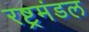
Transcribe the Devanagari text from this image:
रष्ट्रमंडल